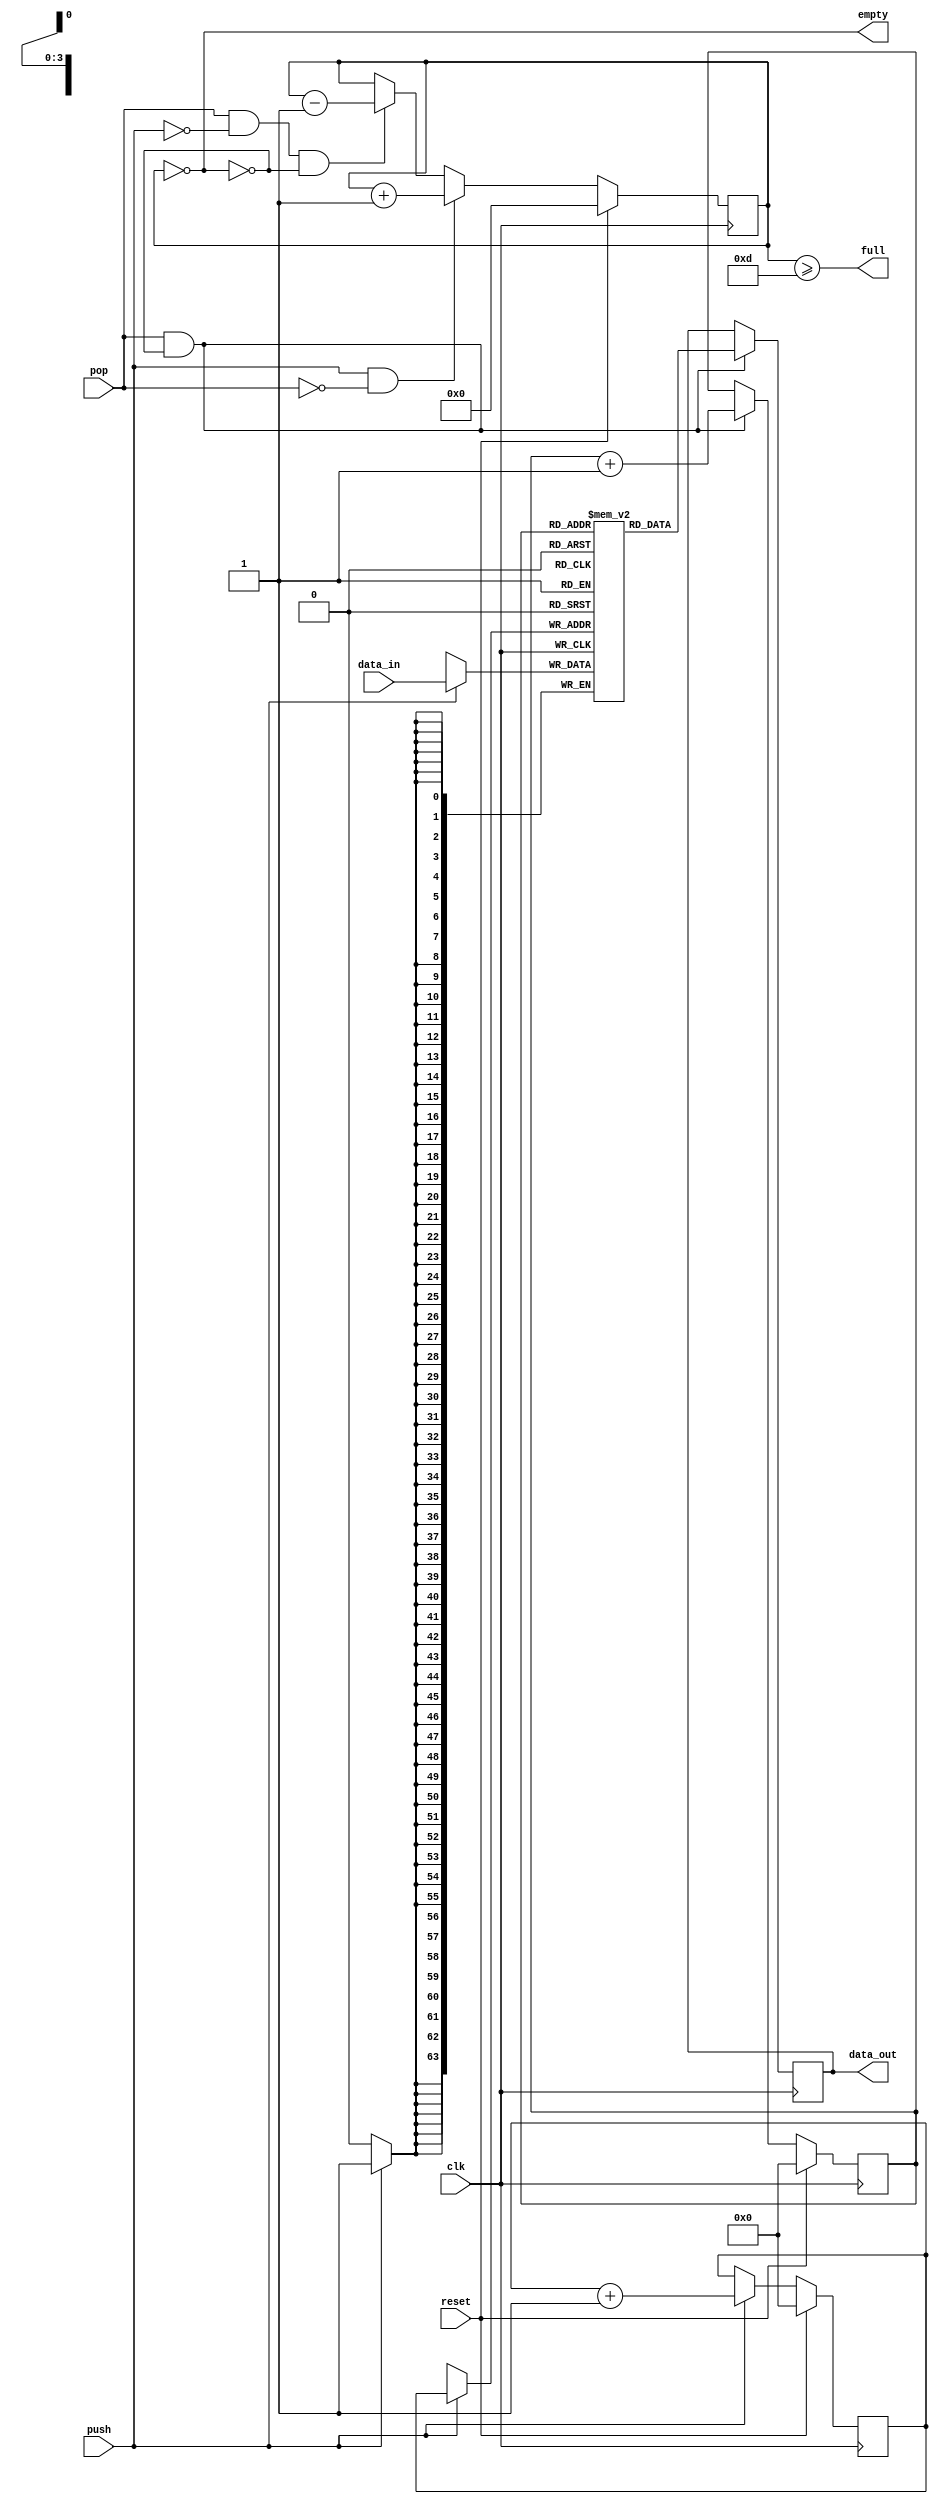
// This program was cloned from: https://github.com/VeriGOOD-ML/public
// License: Apache License 2.0

`timescale 1ns/1ps
module fifo 
#(  // Parameters
    parameter   DATA_WIDTH          = 64,
    parameter   INIT                = "init.mif",
    parameter   ADDR_WIDTH          = 4,
    parameter   RAM_DEPTH           = (1 << ADDR_WIDTH),
    parameter   INITIALIZE_FIFO     = "no",
    parameter   TYPE                = "MLAB",
    parameter   EARLY_FULL                = 0
)(  // Ports
    input  wire                         clk,
    input  wire                         reset,
    input  wire                         push,
    input  wire                         pop,
    input  wire [ DATA_WIDTH -1 : 0 ]   data_in,
    output reg  [ DATA_WIDTH -1 : 0 ]   data_out,
    output reg                          empty,
    output reg                          full
    //output reg  [ ADDR_WIDTH    : 0 ]   fifo_count
);    
 
// Port Declarations
// ******************************************************************
// Internal variables
// ******************************************************************
    reg     [ADDR_WIDTH-1:0]        wr_pointer;             //Write Pointer
    reg     [ADDR_WIDTH-1:0]        rd_pointer;             //Read Pointer
    reg  [ ADDR_WIDTH    : 0 ]   fifo_count;
	// ******************************************************************
// INSTANTIATIONS
// ******************************************************************
    `ifdef FPGA
      //(* ram_style = TYPE *)
      reg     [DATA_WIDTH-1:0]        mem[0:RAM_DEPTH-1]/*synthesis ramstyle = "MLAB" */;     //Memory

      initial begin
        if (INITIALIZE_FIFO == "yes") begin
          $readmemh(INIT, mem, 0, RAM_DEPTH-1);
        end
      end
    `else
      reg     [DATA_WIDTH-1:0]        mem[0:RAM_DEPTH-1];
    `endif

    always @ (fifo_count)
    begin : FIFO_STATUS
    	empty   = (fifo_count == 0);
    	full    = (fifo_count >= RAM_DEPTH-3-EARLY_FULL);
    end
    
    always @ (posedge clk)
    begin : FIFO_COUNTER
    	if (reset)
    		fifo_count <= 0;
    	
    	else if (push && !pop )
    		fifo_count <= fifo_count + 1;
    		
    	else if (pop && !push && !empty)
    		fifo_count <= fifo_count - 1;
    end
    
    always @ (posedge clk)
    begin : WRITE_PTR
    	if (reset) begin
       		wr_pointer <= 0;
    	end 
    	else if (push ) begin
    		wr_pointer <= wr_pointer + 1;
    	end
    end
    
    always @ (posedge clk)
    begin : READ_PTR
    	if (reset) begin
    		rd_pointer <= 0;
    	end
    	else if (pop && !empty) begin
    		rd_pointer <= rd_pointer + 1;
    	end
    end
    
    always @ (posedge clk)
    begin : WRITE
        if (push ) begin
    		mem[wr_pointer] <= data_in;
        end
    end
    
    always @ (posedge clk)
    begin : READ
        if (reset) begin
	    	data_out <= 0;
        end
        if (pop && !empty) begin
    		data_out <= mem[rd_pointer];
        end
        else begin
    		data_out <= data_out;
        end
    end

endmodule

/*
FIFO_DUALCLOCK_MACRO  #(
    .ALMOST_EMPTY_OFFSET        ( 9'h080        ), // Sets the almost empty threshold
    .ALMOST_FULL_OFFSET         ( 9'h080        ), // Sets almost full threshold
    .DATA_WIDTH                 ( DATA_WIDTH    ), // Valid values are 1-72 (37-72 only valid when FIFO_SIZE="36Kb")
    .DEVICE                     ( "7SERIES"     ), // Target device: "VIRTEX5", "VIRTEX6", "7SERIES"
    .FIFO_SIZE                  ( "36Kb"        ), // Target BRAM: "18Kb" or "36Kb"
    .FIRST_WORD_FALL_THROUGH    ( "FALSE"       )  // Sets the FIfor FWFT to "TRUE" or "FALSE"
) FIFO_DUALCLOCK_MACRO_inst (
    .ALMOSTEMPTY                ( ALMOSTEMPTY   ), // 1-bit output almost empty
    .ALMOSTFULL                 ( ALMOSTFULL    ), // 1-bit output almost full
    .DO                         ( data_out      ), // Output data, width defined by DATA_WIDTH parameter
    .EMPTY                      ( empty         ), // 1-bit output empty
    .FULL                       ( full          ), // 1-bit output full
    .RDCOUNT                    ( RDCOUNT       ), // Output read count, width determined by FIfor depth
    .RDERR                      ( RDERR         ), // 1-bit output read error
    .WRCOUNT                    ( WRCOUNT       ), // Output write count, width determined by FIfor depth
    .WRERR                      ( WRERR         ), // 1-bit output write error
    .DI                         ( data_in       ), // Input data, width defined by DATA_WIDTH parameter
    .RDCLK                      ( clk           ), // 1-bit input read clock
    .RDEN                       ( pop           ), // 1-bit input read enable
    .RST                        ( reset         ), // 1-bit input reset
    .WRCLK                      ( clk           ), // 1-bit input write clock
    .WREN                       ( push          )  // 1-bit input write enable
);

endmodule
*/